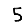
Digit: 5